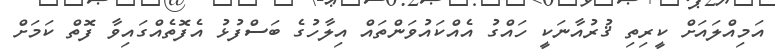
އަމިއްލައަށް ކީރިތި ޤުރުއާނަކީ ހައްގު އެއްކައުވަންތައް އިލާހުގެ ބަސްފުޅު އެފޮތެއްގައިވާ ފޮތް ކަމަށް